Report on inoculation in the plague infected areas of the Punjab and its dependencies from October 1900 to September 1901
Year: 1900
Disease focus: Plague
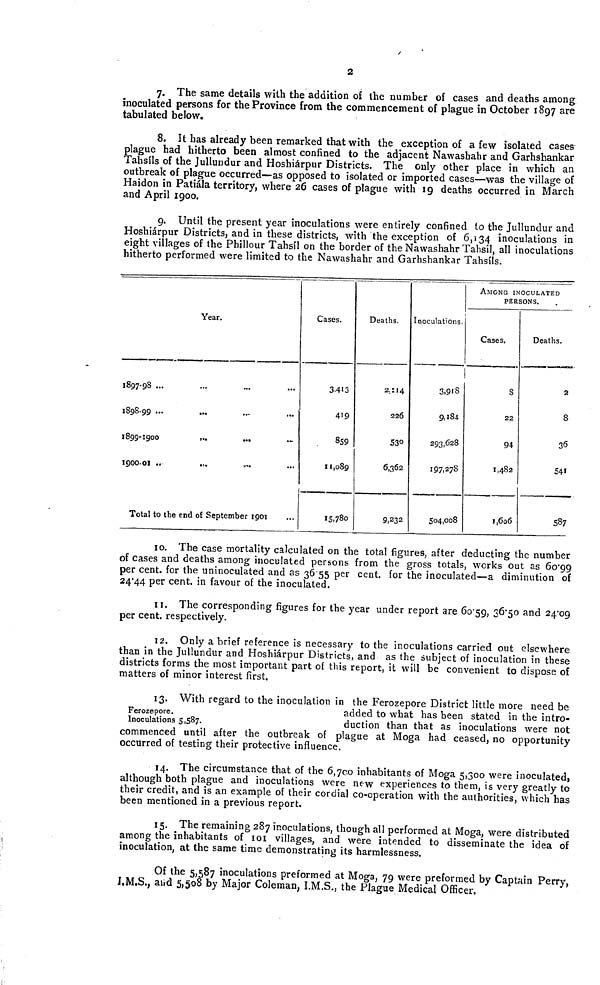
2
7. The same details with the addition of the number of cases and deaths among
inoculated persons for the Province from the commencement of plague in October 1897 are
tabulated below.
8. It has already been remarked that with the exception of a few isolated cases
plague had hitherto been almost confined to the adjacent Nawashahr and Garhshankar
Tahsíls of the Jullundur and Hoshiárpur Districts. The only other place in which an
outbreak of plague occurred—as opposed to isolated or imported cases—was the village of
Haidon in Patiála territory, where 26 cases of plague with 19 deaths occurred in March
and April 1900.
9.
Until the present year inoculations were entirely confined to the Jullundur and
Hoshiárpur Districts, and in these districts, with the exception of 6,134 inoculations in
eight villages of the Phillour Tahsíl on the border of the Nawashahr Tahsil, all inoculations
hitherto performed were limited to the Nawashahr and Garhshankar Tahsíls.
Year.
1897 98 ...
1898-99 ...
1899
1900
...
1900-01 ..
...
...
Total to the end of September 1901
Cases.
3,413
419
859
11,089
15,780
Deaths.
2,114
226
530
6,362
9,232
Inoculations.
3,918
9,184
293,628
197,278
504,008
AMONG INOCULATED
PERSONS.
Cases.
8
22
94
1,482
1,606
Deaths.
2
8
36
541
587
10. The case mortality calculated on the total figures, after deducting the number
of cases and deaths among inoculated persons from the gross totals, works out as 60 99
per cent. for the uninoculated and as 36 55 per cent. for the inoculated—a diminution of
24 44 per cent. in favour of the inoculated.
11. The corresponding figures for the year under report are 60 59, 36 50 and 24 09
per cent. respectively.
12. Only a brief reference is necessary to the inoculations carried out elsewhere
than in the Jullundur and Hoshiárpur Districts, and as the subject of inoculation in these
districts forms the most important part of this report, it will be convenient to dispose of
matters of minor interest first.
Ferozepore.
Inoculations 5,587.
13. With regard to the inoculation in the Ferozepore District little more need be
added to what has been stated in the intro-
duction than that as inoculations were not
commenced until after the outbreak of plague at Moga had ceased, no opportunity
occurred of testing their protective influence.
14. The circumstance that of the 6,700 inhabitants of Moga 5,300 were inoculated,
although both plague and inoculations were new experiences to them, is very greatly to
their credit, and is an example of their cordial co-operation with the authorities, which has
been mentioned in a previous report.
15. The remaining 287 inoculations, though all performed at Moga, were distributed
among the inhabitants of 101 villages, and were intended to disseminate the idea of
inoculation, at the same time demonstrating its harmlessness.
Of the 5,587 inoculations preformed at Moga, 79 were preformed by Captain Perry
I.M.S., and 5,508 by Major Coleman, I.M.S., the Plague Medical Officer.